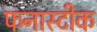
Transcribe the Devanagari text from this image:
फनास्टीक